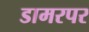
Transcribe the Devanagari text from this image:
डामरपर